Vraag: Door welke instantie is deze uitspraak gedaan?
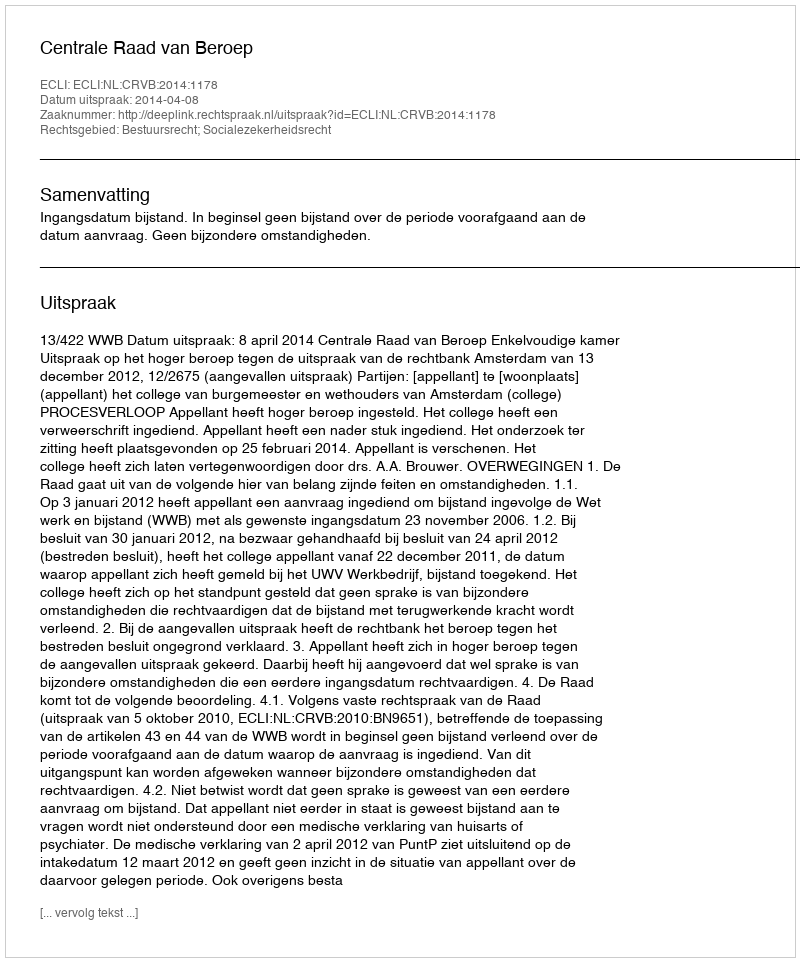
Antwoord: Centrale Raad van Beroep